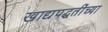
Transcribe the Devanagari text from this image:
खाद्यपद्धतींच्या